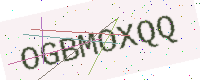
Text: OGBMOXQQ